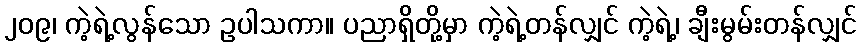
၂၀၉၊ ကဲ့ရဲ့လွန်သော ဥပါသကာ။ ပညာရှိတို့မှာ ကဲ့ရဲ့တန်လျှင် ကဲ့ရဲ့၊ ချီးမွမ်းတန်လျှင်